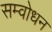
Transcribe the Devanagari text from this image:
सम्वोधन